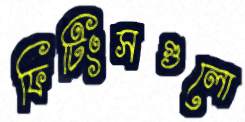
ফিটিংসগুলো